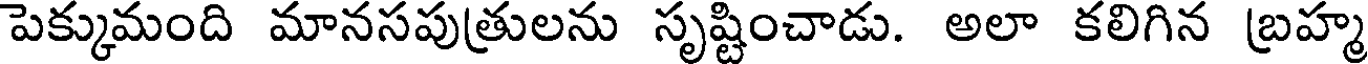
పెక్కుమంది మానసపుత్రులను సృష్టించాడు. అలా కలిగిన బ్రహ్మ